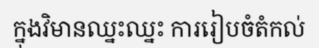
ក្នុងវិមានឈ្នះឈ្នះ ការរៀបចំតំកល់